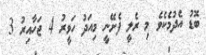
ބޮޑު އެދުމެކެވެ މި ރެލީ ފެށޭނީ މިއަދު ހަވީރު 4 ޖަހާއިރު 3